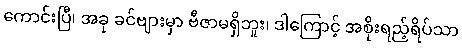
ကောင်းပြီ၊ အခု ခင်ဗျားမှာ ဗီဇာမရှိဘူး၊ ဒါကြောင့် အစိုးရည့်ရိပ်သာ